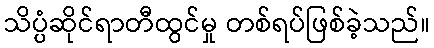
သိပ္ပံဆိုင်ရာတီထွင်မှု တစ်ရပ်ဖြစ်ခဲ့သည်။